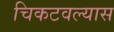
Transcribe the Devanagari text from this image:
चिकटवल्यास